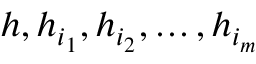
h , h _ { i _ { 1 } } , h _ { i _ { 2 } } , \ldots , h _ { i _ { m } }